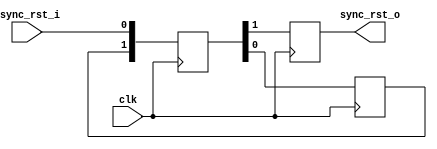
module areset_sync #(parameter STAGES=2)(
  input clk,             // Clock
  input async_rst_i,     // Asynchronous Reset in
  output reg sync_rst_o // Synchronized Reset out
);

reg [STAGES-1:0] flipflops;

(* ASYNC_REG = "true" *) reg [STAGES-1:0] async_reg;

// Synchroniser process
always @(posedge clk) begin
  async_reg <= flipflops;
  flipflops <= {async_reg[STAGES-2:0], async_rst_i};
  sync_rst_o <= flipflops[STAGES-1];
end
endmodule